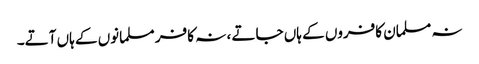
نہ مسلمان کافروں کے ہاں جاتے ، نہ کافر مسلمانوں کے ہاں آتے۔